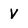
Character: v